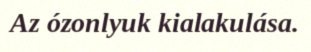
Az ózonlyuk kialakulása.